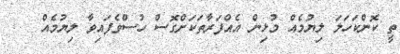
ތީ ކޮންކަހަލަ ލިޔުމެއް މުޅިން އެއްފަރާތަކަށްގޮސް ހުސްވެފައިވާ ލިޔުމެއް